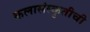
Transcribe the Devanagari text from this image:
कलासंस्कृतीची